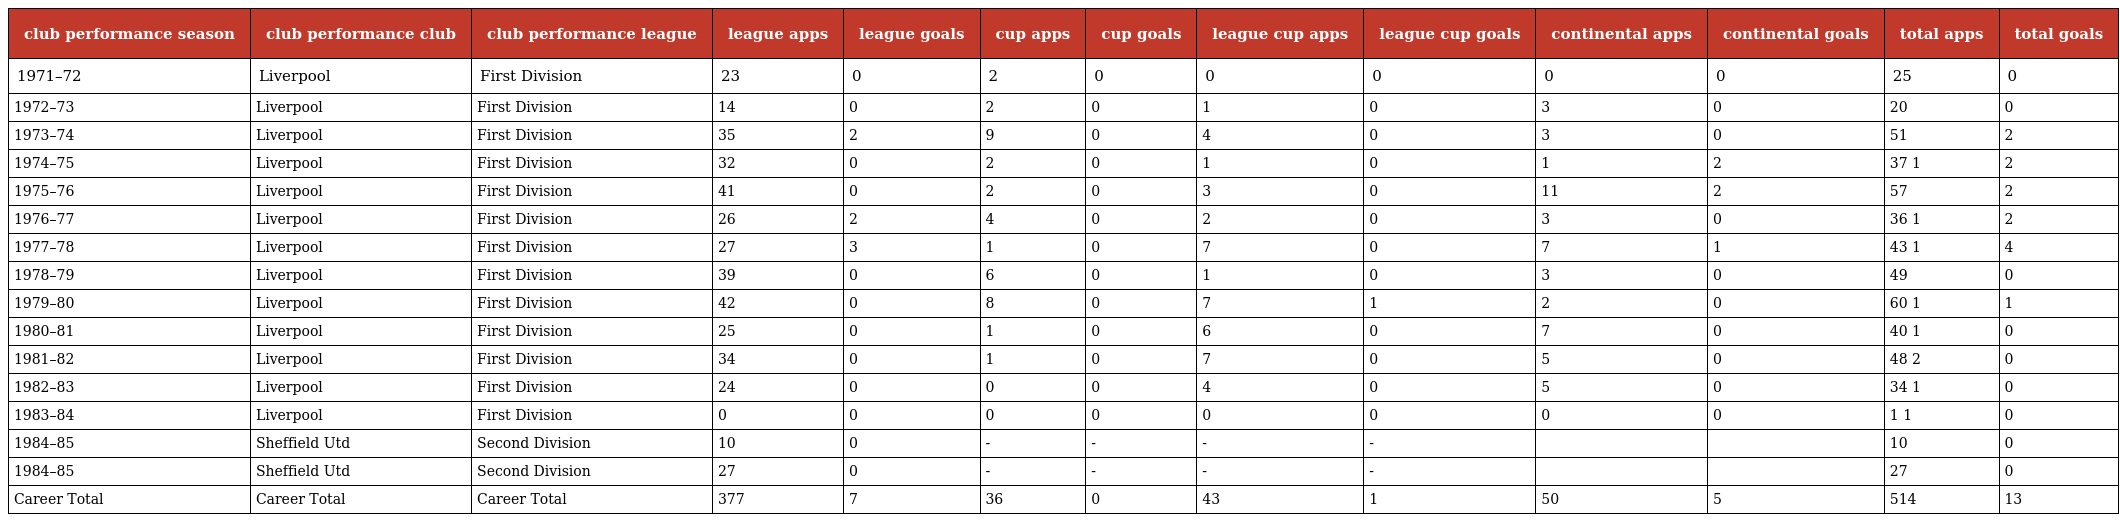
| club performance season | club performance club | club performance league | league apps | league goals | cup apps | cup goals | league cup apps | league cup goals | continental apps | continental goals | total apps | total goals |
 | --- | --- | --- | --- | --- | --- | --- | --- | --- | --- | --- | --- | --- |
 | 1971–72 | Liverpool | First Division | 23 | 0 | 2 | 0 | 0 | 0 | 0 | 0 | 25 | 0 |
 | 1972–73 | Liverpool | First Division | 14 | 0 | 2 | 0 | 1 | 0 | 3 | 0 | 20 | 0 |
 | 1973–74 | Liverpool | First Division | 35 | 2 | 9 | 0 | 4 | 0 | 3 | 0 | 51 | 2 |
 | 1974–75 | Liverpool | First Division | 32 | 0 | 2 | 0 | 1 | 0 | 1 | 2 | 37 1 | 2 |
 | 1975–76 | Liverpool | First Division | 41 | 0 | 2 | 0 | 3 | 0 | 11 | 2 | 57 | 2 |
 | 1976–77 | Liverpool | First Division | 26 | 2 | 4 | 0 | 2 | 0 | 3 | 0 | 36 1 | 2 |
 | 1977–78 | Liverpool | First Division | 27 | 3 | 1 | 0 | 7 | 0 | 7 | 1 | 43 1 | 4 |
 | 1978–79 | Liverpool | First Division | 39 | 0 | 6 | 0 | 1 | 0 | 3 | 0 | 49 | 0 |
 | 1979–80 | Liverpool | First Division | 42 | 0 | 8 | 0 | 7 | 1 | 2 | 0 | 60 1 | 1 |
 | 1980–81 | Liverpool | First Division | 25 | 0 | 1 | 0 | 6 | 0 | 7 | 0 | 40 1 | 0 |
 | 1981–82 | Liverpool | First Division | 34 | 0 | 1 | 0 | 7 | 0 | 5 | 0 | 48 2 | 0 |
 | 1982–83 | Liverpool | First Division | 24 | 0 | 0 | 0 | 4 | 0 | 5 | 0 | 34 1 | 0 |
 | 1983–84 | Liverpool | First Division | 0 | 0 | 0 | 0 | 0 | 0 | 0 | 0 | 1 1 | 0 |
 | 1984–85 | Sheffield Utd | Second Division | 10 | 0 | - | - | - | - |  |  | 10 | 0 |
 | 1984–85 | Sheffield Utd | Second Division | 27 | 0 | - | - | - | - |  |  | 27 | 0 |
 | Career Total | Career Total | Career Total | 377 | 7 | 36 | 0 | 43 | 1 | 50 | 5 | 514 | 13 |